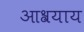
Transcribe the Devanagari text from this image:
आश्रयाय